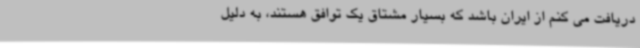
دریافت می کنم از ایران باشد که بسیار مشتاق یک توافق هستند، به دلیل